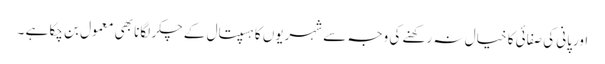
اورپانی کی صفائی کا خیال نہ رکھنے کی وجہ سے شہریوں کا ہسپتال کے چکر لگانا بھی معمول بن چکا ہے ۔